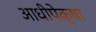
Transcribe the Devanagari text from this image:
आधीपेक्षा